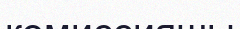
комиссияшы